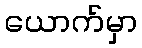
ယောက်မှာ